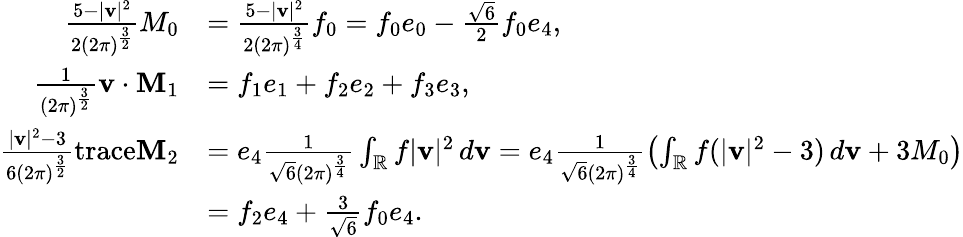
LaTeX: \begin{array}{rl}{\frac{5-|\mathbf{v}|^{2}}{2(2\pi)^{\frac{3}{2}}}M_{0}}&{=\frac{5-|\mathbf{v}|^{2}}{2(2\pi)^{\frac{3}{4}}}f_{0}=f_{0}e_{0}-\frac{\sqrt{6}}{2}f_{0}e_{4},}\\ {\frac{1}{(2\pi)^{\frac{3}{2}}}\mathbf{v}\cdot\mathbf{M}_{1}}&{=f_{1}e_{1}+f_{2}e_{2}+f_{3}e_{3},}\\ {\frac{|\mathbf{v}|^{2}-3}{6(2\pi)^{\frac{3}{2}}}\mathrm{trace}\mathbf{M}_{2}}&{=e_{4}\frac{1}{\sqrt{6}(2\pi)^{\frac{3}{4}}}\int_{\mathbb{R}}f|\mathbf{v}|^{2}\, d\mathbf{v}=e_{4}\frac{1}{\sqrt{6}(2\pi)^{\frac{3}{4}}}\left(\int_{\mathbb{R}}f(|\mathbf{v}|^{2}-3)\, d\mathbf{v}+3M_{0}\right)}\\ &{=f_{2}e_{4}+\frac{3}{\sqrt{6}}f_{0}e_{4}.}\end{array}